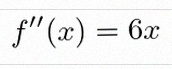
f''(x)=6x